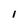
Character: 1